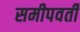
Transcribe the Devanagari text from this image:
समीपवर्तीं